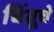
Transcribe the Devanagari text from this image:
चिंतूचे